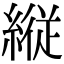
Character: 縦